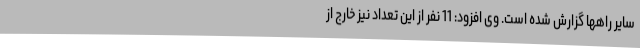
سایر راهها گزارش شده است. وی افزود: 11 نفر از این تعداد نیز خارج از